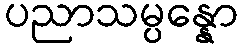
ပညာသမ္ပန္နော